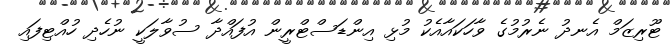
ޓޫރިޒަމް އެނދު ނެރުމުގެ ވާހަކައާއެކު މުޅި އިންޑަސްޓްރީން އުފައްދާ ސުވާލަކީ ނުހެދި ހުއްޓިފައި